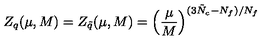
Z _ { q } ( \mu , M ) = Z _ { \tilde { q } } ( \mu , M ) = \left( \frac { \mu } { M } \right) ^ { ( 3 \tilde { N } _ { c } - N _ { f } ) / N _ { f } }